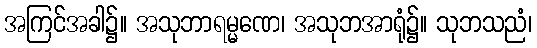
အကြင်အခါ၌။ အသုဘာရမ္မဏေ၊ အသုဘအာရုံ၌။ သုဘသညံ၊